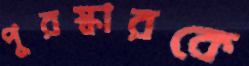
পুরস্কারকে